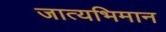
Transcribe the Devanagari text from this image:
जात्यभिमान